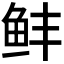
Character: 𬶆